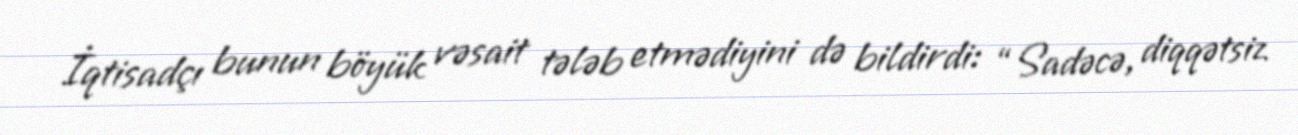
İqtisadçı bunun böyük vəsait tələb etmədiyini də bildirdi: “Sadəcə, diqqətsiz